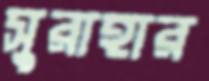
সুরাহার